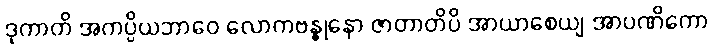
ဒုကာတိ အကပ္ပိယဘာဝေ လောကဗန္ဓုနော ဇာတာတိပိ အာယာစေယျ အာပဏိကော